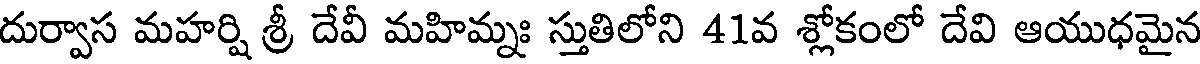
దుర్వాస మహర్షి శ్రీ దేవీ మహిమ్నః స్తుతిలోని 41వ శ్లోకంలో దేవి ఆయుధమైన